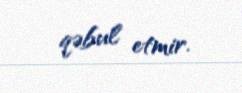
qəbul etmir.